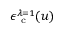
\epsilon _ { \mathrm { ~ c ~ } } ^ { \lambda = 1 } ( u )